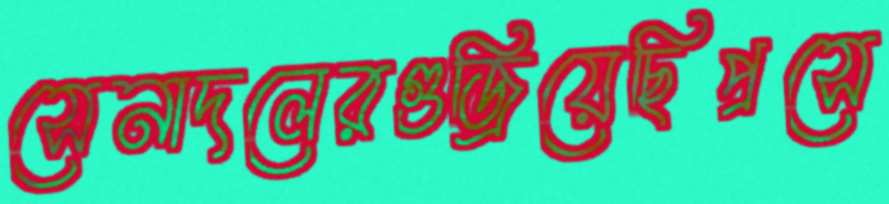
সেনাদলেরগুজ্‌রিয়েছিপ্রসে